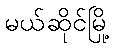
မယ်ဆိုင်မြို့